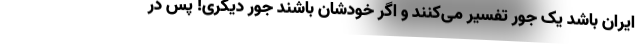
ایران باشد یک جور تفسیر می‌کنند و اگر خودشان باشند جور دیگری! پس در